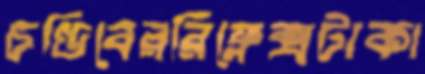
চণ্ডিবেররিফ্লেক্সটাকা